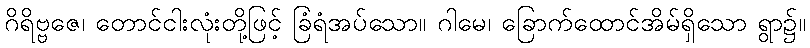
ဂိရိဗ္ဗဇေ၊ တောင်ငါးလုံးတို့ဖြင့် ခြံရံအပ်သော။ ဂါမေ၊ ခြောက်ထောင်အိမ်ရှိသော ရွာ၌။